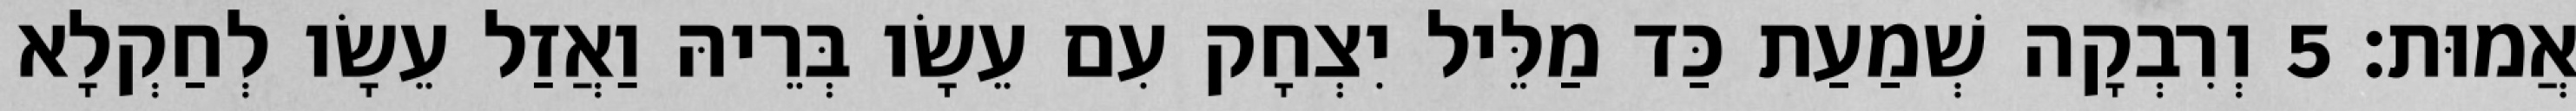
אֲמוּת׃ 5 וְרִבְקָה שְׁמַעַת כַּד מַלֵּיל יִצְחָק עִם עֵשָׂו בְּרֵיהּ וַאֲזַל עֵשָׂו לְחַקְלָא